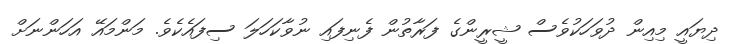
ދިޔައީ މިއިން ދުވަހަކުވެސް ޝީރީންގެ ފަރާތުން ފެނިފައި ނުވާކަހަލަ ސިފައެކެވެ. މަންމައޭ އަހަންނަށް